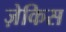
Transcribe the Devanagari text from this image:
ज़ेकिस